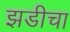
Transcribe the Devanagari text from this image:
झडीचा